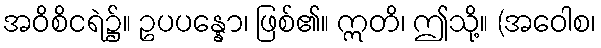
အဝိစိငရဲ၌။ ဥပပန္နော၊ ဖြစ်၏။ ဣတိ၊ ဤသို့။ (အဝေါစ၊